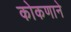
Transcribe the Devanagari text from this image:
कोकणाने